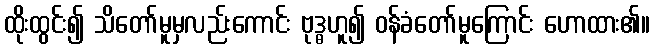
ထိုးထွင်း၍ သိတော်မူမှလည်းကောင်း ဗုဒ္ဓဟူ၍ ဝန်ခံတော်မူကြောင်း ဟောထား၏။